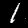
Digit: 1